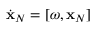
\dot { \bf x } _ { N } = [ \boldsymbol { \omega } , { \bf x } _ { N } ]